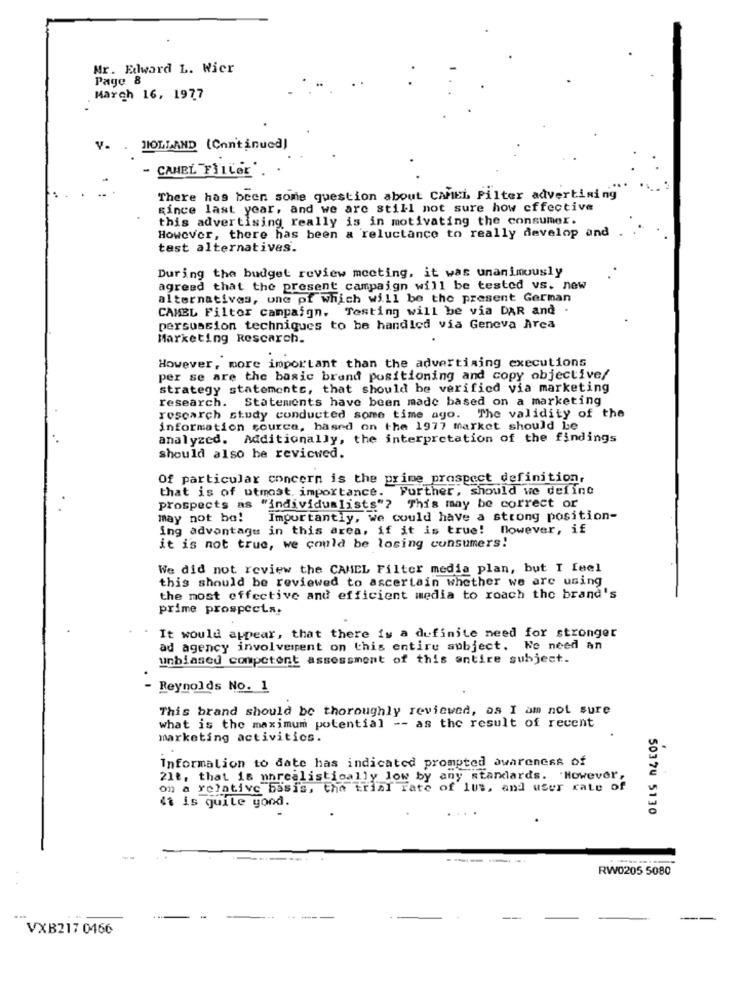
Mr. Edward L. Wier
Page 8
March 16, 1977
V.
JIOLLAND (Continued)
- CAMEL FILLer".
There has been some question about CAMEL Filter advertising
since last year, and we are still not sure how effective
this advertising really is in motivating the consumer.
However, there has been a reluctance to really develop and
tast alternatives.
During the budget review meeting, it was unanimously
agreed that the present campaign will be tested vs. new
alternatives, une pf which will be the present German
CAMEL Filter campaign. Testing will be via DAR and .
persuasion techniques to be handled via Geneva Area
Marketing Research.
However, more important than the advertising executions
per se are the basic brand positioning and copy objective/
strategy statements, that should be verified via marketing
research. Statements have been made based on a marketing
rescarch study conducted some time ago. The validity of the
information cource, hased on the 1977 Market should be
analyzed. Additionally, the interpretation of the findings
should also be reviewed.
Of particular concern is the prime prospect definition,
that is of utmost importance. Further, should we define
prospects as "individualists"? This may be correct or
may not be!
Importantly, we could have a strong position-
ing advantage in this area, if it is true! However, if
it is not true, we could be losing consumers!
We did not review the CAMEL Filter media plan, but I feel
this should be reviewed to ascertain whether we are using
the most effective and efficient media to roach the brand's
prime prospects.
It would appear, that there is a definite need for stronger
ad agency involvement on this entire subject. We need an
unbiased competent assessment of this entire subject.
Reynolds No. 1
This brand should be thoroughly reviewed, as I am not sure
what is the maximum potential -- as the result of recent
marketing activities.
Information to date has indicated prompted awareness of
218, that is nnrealistically low by any standards. . However,
on a relative basis, the trial Fate of lus, and user rate of
di is quite good.
50374 5130
RW0205 5080
VXB217 0466